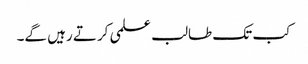
کب تک طالب علمی کرتے رہیں گے۔